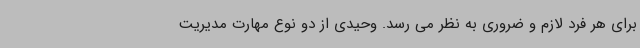
برای هر فرد لازم و ضروری به نظر می رسد. وحیدی از دو نوع مهارت مدیریت